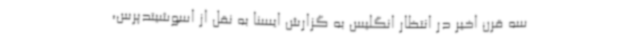
سه قرن اخیر در انتظار انگلیس به گزارش ایسنا به نقل از اسوشیتدپرس،